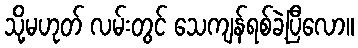
သို့မဟုတ် လမ်းတွင် သေကျန်ရစ်ခဲ့ပြီလော။